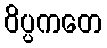
ဝိပ္ပကတေ